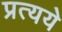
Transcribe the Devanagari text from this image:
प्रत्यये